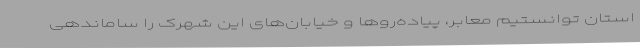
استان توانستیم معابر، پیاده‌روها و خیابان‌های این شهرک را ساماندهی